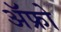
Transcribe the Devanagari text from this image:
ॲफ्रो